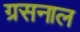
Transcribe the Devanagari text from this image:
ग्रसनाल